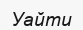
Уайти